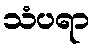
သံပရာ